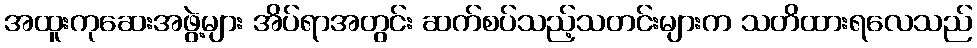
အထူးကုဆေးအဖွဲ့များ အိပ်ရာအတွင်း ဆက်စပ်သည့်သတင်းများက သတိထားရလေသည်